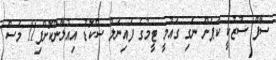
ސާފް ސުޒުކީ ކަޕަށް ނެގި ގައުމީ ޓީމުގެ ފައިނަލް ސްކޮޑު އިއުލާންކޮށްފި11 މަސް